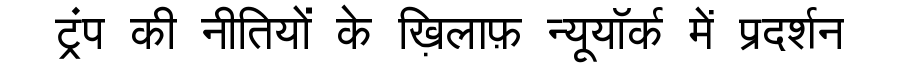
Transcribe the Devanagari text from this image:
ट्रंप की नीतियों के ख़िलाफ़ न्यूयॉर्क में प्रदर्शन